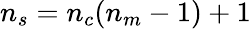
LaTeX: n_{s}=n_{c}(n_{m}-1)+1